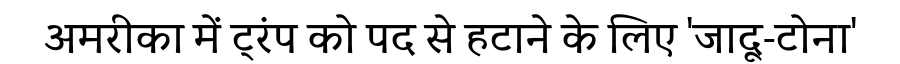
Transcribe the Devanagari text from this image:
अमरीका में ट्रंप को पद से हटाने के लिए 'जादू-टोना'